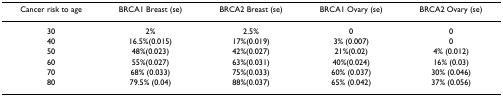
| Cancer risk to age | BRCA1 Breast (se) | BRCA2 Breast (se) | BRCA1 Ovary (se) | BRCA2 Ovary (se) |
 | --- | --- | --- | --- | --- |
 | 30 | 2% | 2.5% | 0 | 0 |
 | 40 | 16.5%(0.015) | 17%(0.019) | 3% (0.007) | 0 |
 | 50 | 48%(0.023) | 42%(0.027) | 21%(0.02) | 4% (0.012) |
 | 60 | 55%(0.027) | 63%(0.031) | 40%(0.024) | 16% (0.03) |
 | 70 | 68% (0.033) | 75%(0.033) | 60% (0.037) | 30% (0.046) |
 | 80 | 79.5% (0.04) | 88%(0.037) | 65% (0.042) | 37% (0.056) |